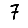
Digit: 7